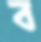
ব